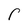
Character: r